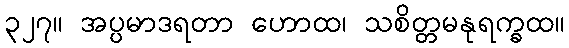
၃၂၇။ အပ္ပမာဒရတာ ဟောထ၊ သစိတ္တမနုရက္ခထ။